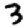
Digit: 3